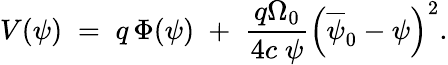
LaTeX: V(\psi)\; =\; q\, \Phi(\psi)\; +\; \frac{q\Omega_{0}}{4c\; \psi}\left(\overline{{\psi}}_{0}-\psi\right)^{2}.